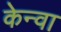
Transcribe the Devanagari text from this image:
केन्वा